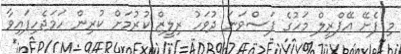
މި ފެށޭ އޭޕްރީލް މަހުގެ ފަސްވަނަ ދުވަހު ރިލީޒް ކުރުމަށް ކުރިން ހަމަޖެހިފައިވާ